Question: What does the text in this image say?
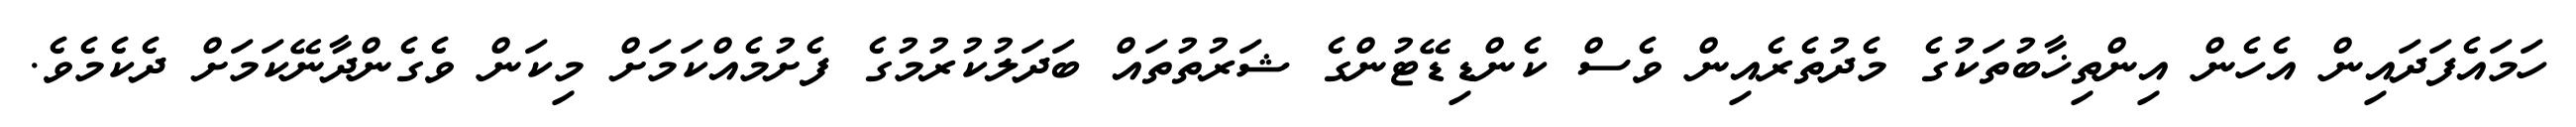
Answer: ހަމައެފަދައިން އެހެން އިންތިޚާބުތަކުގެ މެދުތެރެއިން ވެސް ކެންޑިޑޭޓުންގެ ޝަރުތުތައް ބަދަލުކުރުމުގެ ފެށުމެއްކަމަށް މިކަން ވެގެންދާނޭކަމަށް ދެކެމެވެ.